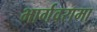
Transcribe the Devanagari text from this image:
भार्गवरामा